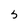
Character: S